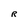
Character: R